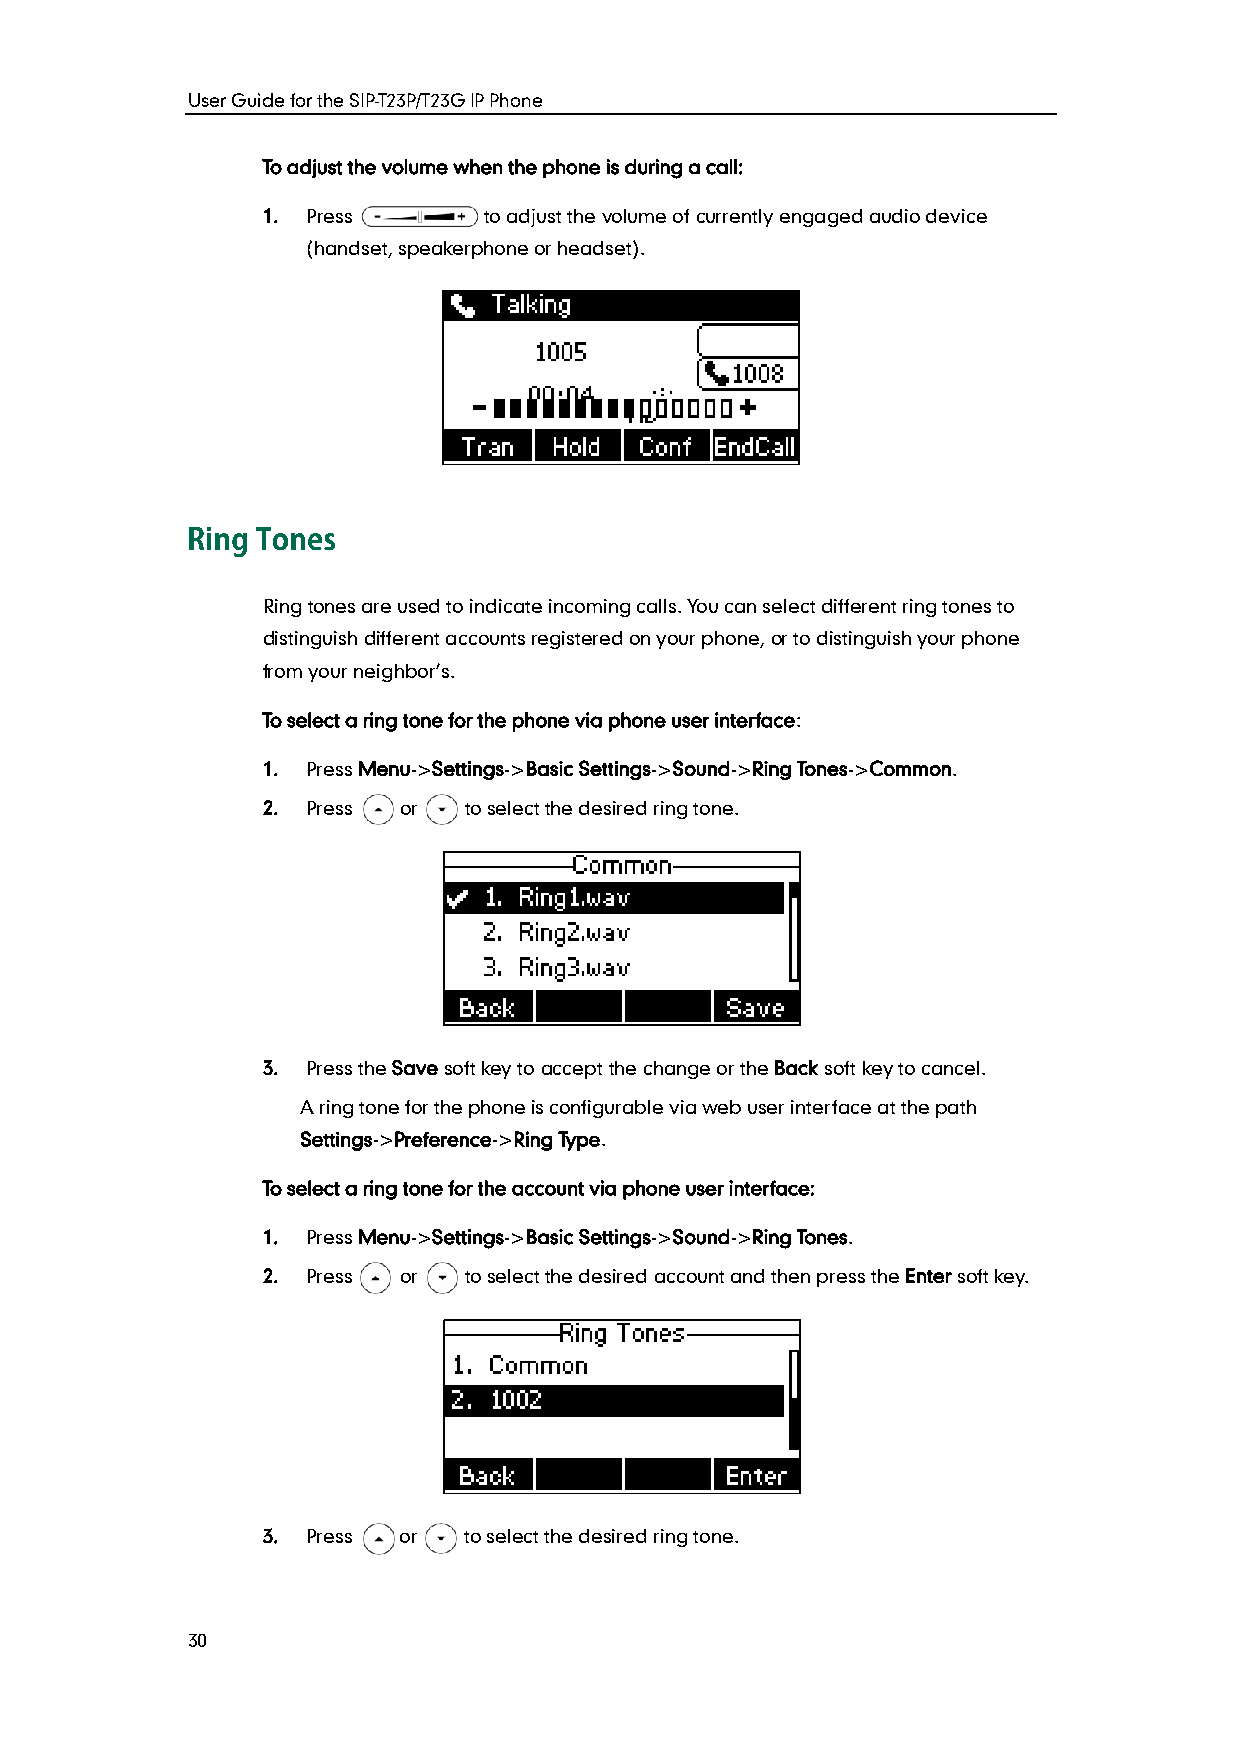
User Guide for the SIP-T23P/T23G IP Phone
 To adjust the volume when the phone is during a call:
 1. Press       to adjust the volume of currently engaged audio device
 (handset, speakerphone or headset).
 Ring tones are used to indicate incoming calls. You can select different ring tones to
 distinguish different accounts registered on your phone, or to distinguish your phone
 from your neighbor’s.
 To select a ring tone for the phone via phone user interface:
 1. Press Menu->Settings->Basic Settings->Sound->Ring Tones->Common.
 2. Press or   to select the desired ring tone.
 3. Press the Save soft key to accept the change or the Back soft key to cancel.
 A ring tone for the phone is configurable via web user interface at the path
 Settings->Preference->Ring Type.
 To select a ring tone for the account via phone user interface:
 1. Press Menu->Settings->Basic Settings->Sound->Ring Tones.
 2. Press or   to select the desired account and then press the Enter soft key.
 3. Press or   to select the desired ring tone.
 30